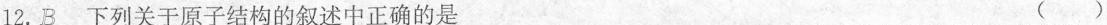
12.B 下列关于原子结构的叙述中正确的是 ( )